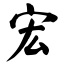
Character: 宏